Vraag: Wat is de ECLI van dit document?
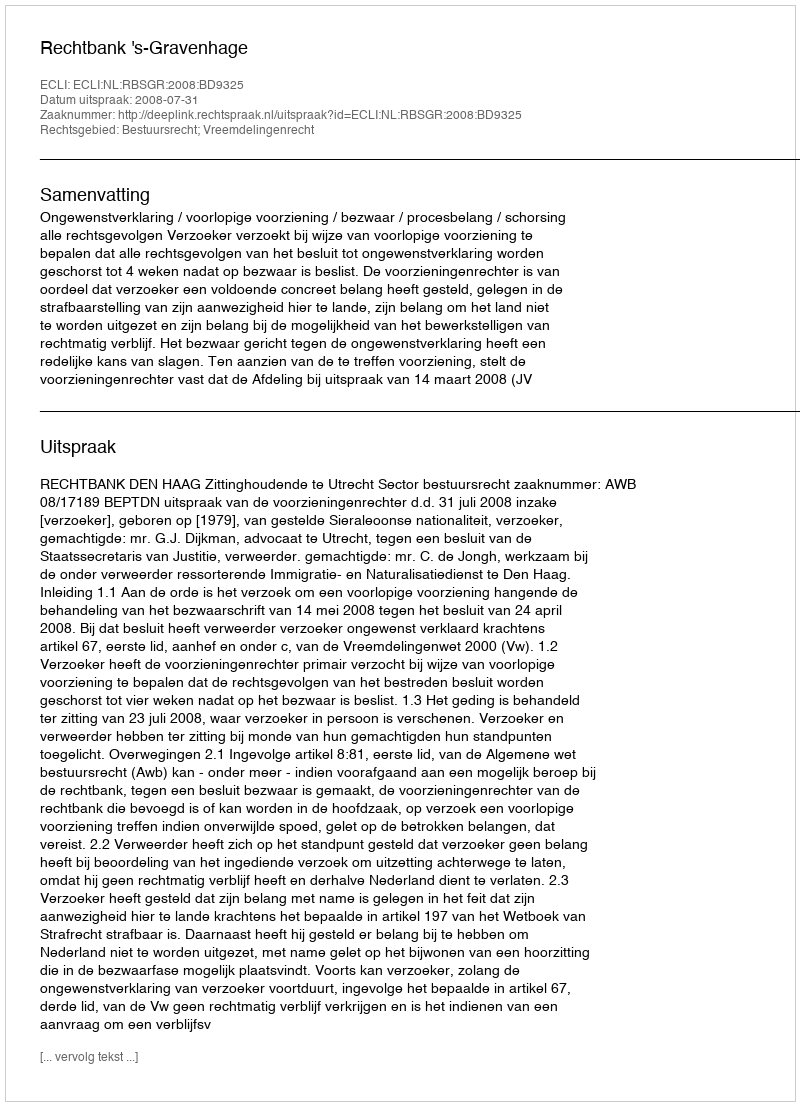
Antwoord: ECLI:NL:RBSGR:2008:BD9325